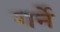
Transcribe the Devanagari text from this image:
गर्ने